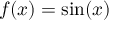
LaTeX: f ( x ) = \sin ( x )